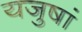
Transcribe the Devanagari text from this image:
यजुषां